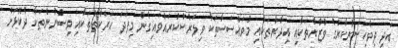
އަދި ދިވެހިސަރުކާރުގެ ވުޒާރާތަކާއި އިދާރާތަކާއި މުވައްސަސާތަކާ ވިލަރެސްކުރައްވައިގެން މިފަދަ ޙަރަކާތްތަކާއި ވިސްނުންތަކާ ދެކޮޅަށް